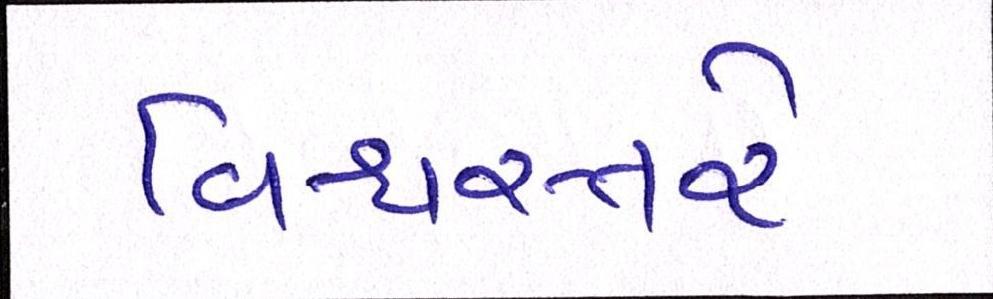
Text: વિશ્વસ્તરે